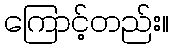
ကြောင့်တည်း။